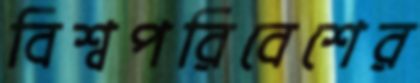
বিশ্বপরিবেশের